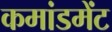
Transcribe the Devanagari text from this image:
कमांडमेंट